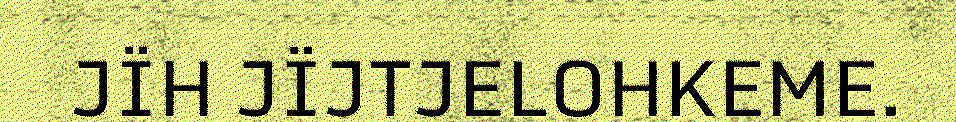
JÏH JÏJTJELOHKEME.